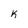
Character: k